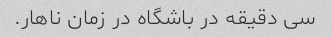
سی دقیقه در باشگاه در زمان ناهار.